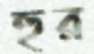
হুর